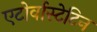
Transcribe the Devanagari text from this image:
एटोर्वास्टेटिन